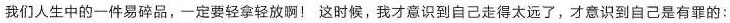
我们人生中的一件易碎品，一定要轻拿轻放啊！这时候，我才意识到自己走得太远了，才意识到自己是有罪的：